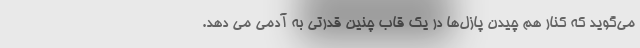
می‌گوید که کنار هم چیدن پازل‌ها در یک قاب چنین قدرتی به آدمی می دهد.